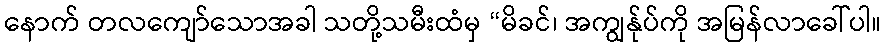
နောက် တလကျော်သောအခါ သတို့သမီးထံမှ “မိခင်၊ အကျွန်ုပ်ကို အမြန်လာခေါ်ပါ။